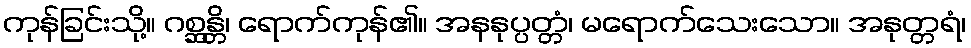
ကုန်ခြင်းသို့။ ဂစ္ဆန္တိ၊ ရောက်ကုန်၏။ အနနုပ္ပတ္တံ၊ မရောက်သေးသော။ အနုတ္တရံ၊